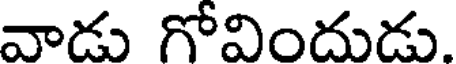
వాడు గోవిందుడు